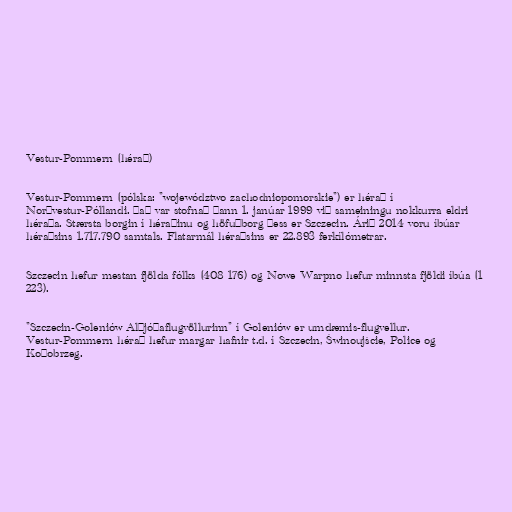
Vestur-Pommern (hérað)

Vestur-Pommern (pólska: "województwo zachodniopomorskie") er hérað í
Norðvestur-Póllandi. Það var stofnað þann 1. janúar 1999 við sameiningu nokkurra eldri
héraða. Stærsta borgin í héraðinu og höfuðborg þess er Szczecin. Árið 2014 voru íbúar
héraðsins 1.717.790 samtals. Flatarmál héraðsins er 22.893 ferkílómetrar.

Szczecin hefur mestan fjölda fólks (408 176) og Nowe Warpno hefur minnsta fjöldi íbúa (1
223).

"Szczecin-Goleniów Alþjóðaflugvöllurinn" í Goleniów er umdæmis-flugvellur.
Vestur-Pommern hérað hefur margar hafnir t.d. í Szczecin, Świnoujście, Police og
Kołobrzeg.